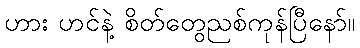
ဟား ဟင်နဲ့ စိတ်တွေညစ်ကုန်ပြီနော်။